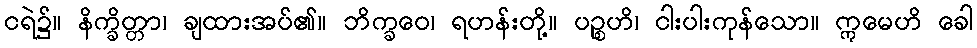
ငရဲ၌။ နိက္ခိတ္တာ၊ ချထားအပ်၏။ ဘိက္ခဝေ၊ ရဟန်းတို့။ ပဉ္စဟိ၊ ငါးပါးကုန်သော။ ဣမေဟိ ခေါ